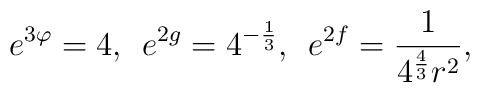
e^{3\varphi}=4,\:\:e^{2g}=4^{-\frac{1}{3}},\:\:e^{2f}=\frac{1}{4^{\frac{4}{3}}r^2},